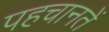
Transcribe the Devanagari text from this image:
पहचानतें